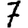
Digit: 7